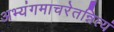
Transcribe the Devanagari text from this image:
अभ्यंगमाचरेतन्नित्यं